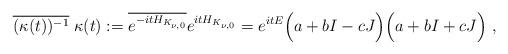
LaTeX: \begin{align*}\overline{(\kappa(t))^{-1}}\;\kappa(t):=\overline{e^{-itH_{K_{\nu,0}}}}e^{itH_{K_{\nu,0}}}=e^{itE}\Big(a+bI-cJ\Big)\Big(a+bI+cJ\Big)~,\end{align*}